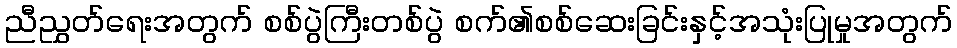
ညီညွှတ်ရေးအတွက် စစ်ပွဲကြီးတစ်ပွဲ စက်၏စစ်ဆေးခြင်းနှင့်အသုံးပြုမှုအတွက်